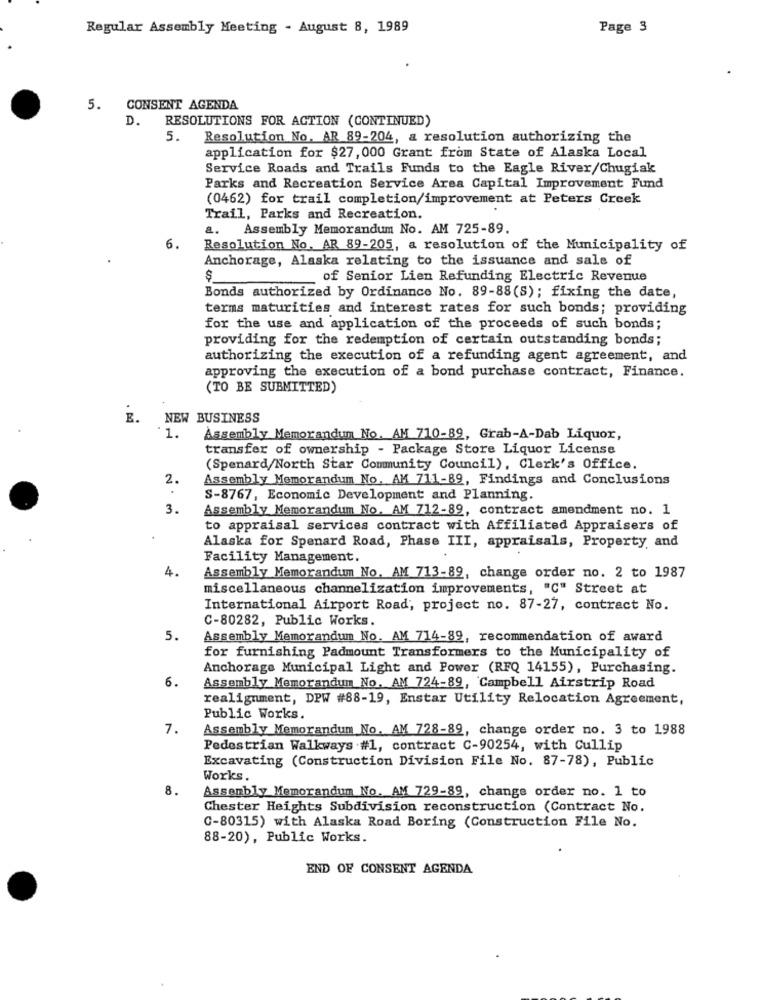
Regular Assembly Meeting - August 8, 1989
Page 3
5. CONSENT AGENDA
D. RESOLUTIONS FOR ACTION (CONTINUED)
5.
Resolution No. AR 89-204, a resolution authorizing the
application for $27, 000 Grant from State of Alaska Local
Service Roads and Trails Funds to the Eagle River/Chugiak
Parks and Recreation Service Area Capital Improvement Fund
(0462) for trail completion/improvement at Peters Creek
Trail, Parks and Recreation.
a.
Assembly Memorandum No. AM 725-89.
6.
Resolution No. AR 89-205, a resolution of the Municipality of
Anchorage, Alaska relating to the issuance and sale of
$
of Senior Lien Refunding Electric Revenue
Bonds authorized by Ordinance No. 89-88(S); fixing the date,
terms maturities and interest rates for such bonds; providing
for the use and application of the proceeds of such bonds;
providing for the redemption of certain outstanding bonds;
authorizing the execution of a refunding agent agreement, and
approving the execution of a bond purchase contract, Finance.
(TO BE SUBMITTED)
E.
NEW BUSINESS
'1.
Assembly Memorandum No. AM 710-89, Grab-A-Dab Liquor,
transfer of ownership - Package Store Liquor License
(Spenard/North Star Community Council), Clerk's Office.
2.
Assembly Memorandum No. AM 711-89, Findings and Conclusions
S-8767, Economic Development and Planning.
3.
Assembly Memorandum No. AM 712-89, contract amendment no. 1
to appraisal services contract with Affiliated Appraisers of
Alaska for Spenard Road, Phase III, appraisals, Property, and
Facility Management.
4.
Assembly Memorandum No. AM 713-89, change order no. 2 to 1987
miscellaneous channelization improvements, "C" Street at
International Airport Road, project no. 87-27, contract No.
C-80282, Public Works.
5.
Assembly Memorandum No. AM 714-89, recommendation of award
for furnishing Padmount Transformers to the Municipality of
Anchorage Municipal Light and Power (RFQ 14155), Purchasing.
6.
Assembly Memorandum No. AM 724-89, Campbell Airstrip Road
realignment, DPW #88-19, Enstar Utility Relocation Agreement,
Public Works.
7.
Assembly Memorandum No. AM 728-89, change order no. 3 to 1988
Pedestrian Walkways #1, contract C-90254, with Cullip
Excavating (Construction Division File No. 87-78), Public
Works.
8.
Assembly Memorandum No. AM 729-89, change order no. 1 to
Chester Heights Subdivision reconstruction (Contract No.
C-80315) with Alaska Road Boring (Construction File No.
88-20), Public Works.
END OF CONSENT AGENDA